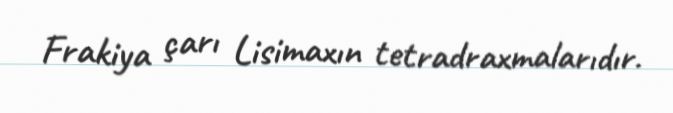
Frakiya çarı Lisimaxın tetradraxmalarıdır.